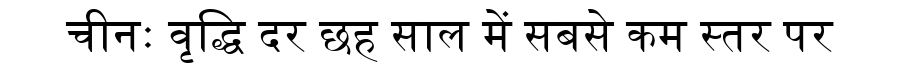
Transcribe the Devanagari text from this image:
चीनः वृद्धि दर छह साल में सबसे कम स्तर पर